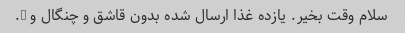
سلام وقت بخیر. یازده غذا ارسال شده بدون قاشق و چنگال و ….